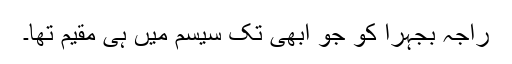
راجہ بجہرا کو جو ابھی تک سیسم میں ہی مقیم تھا۔